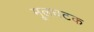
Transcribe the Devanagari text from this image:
मूलघटक